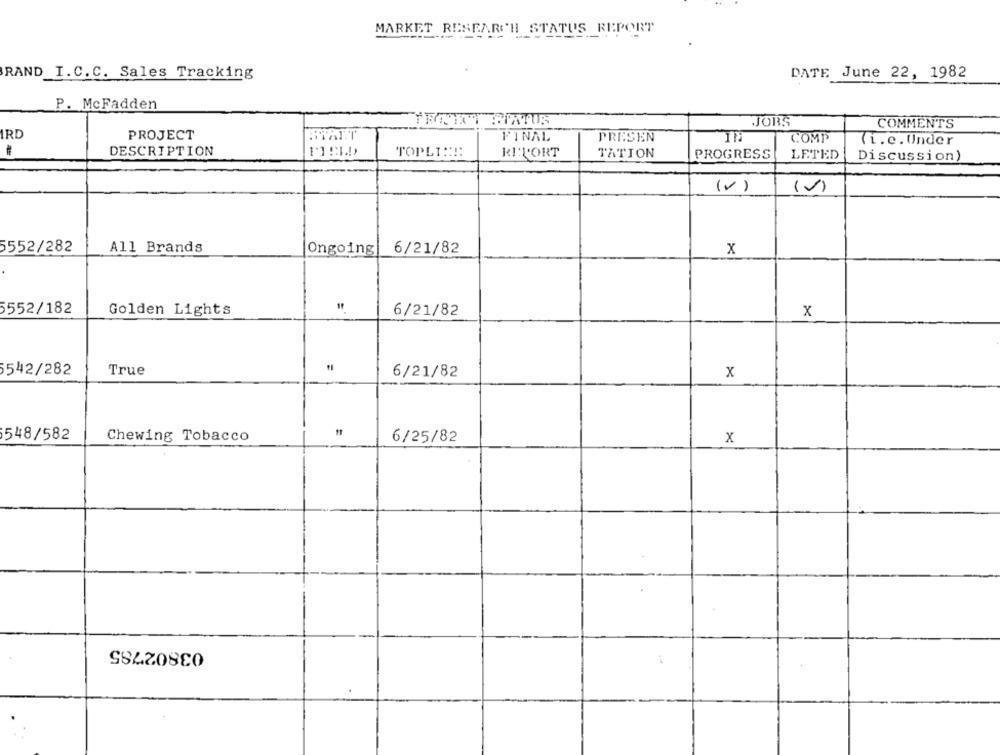
MARKET RESEARCH STATUS REPORT
RAND I.C.C. Sales Tracking
DATE June 22, 1982
P. McFadden
JOBS
COMMENTS
IRD
PROJECT
FINAL
PRESEN
COMP
(i.e.Under
#
DESCRIPTION
-
TOPLIN !!
REPORT
TATION
PROGRESS
LETED
Discussion)
(V)
(0)
5552/282
All Brands
6/21/82
Ongoing
x
5552/182
Golden Lights
6/21/82
x
542/282
True
6/21/82
x
548/582
Chewing Tobacco
6/25/82
x
03802785